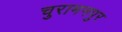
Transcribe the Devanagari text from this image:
चुरामनपुर